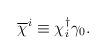
LaTeX: \begin{align*}\overline{\chi}^{i} \equiv \chi_{i}^{\dagger} \gamma_{0}.\end{align*}